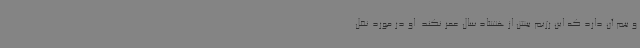
و بیم آن دارد که این رژیم بیش از هشتاد سال عمر نکند. او در مورد نقل